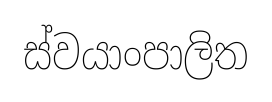
ස්වයාංපාලිත